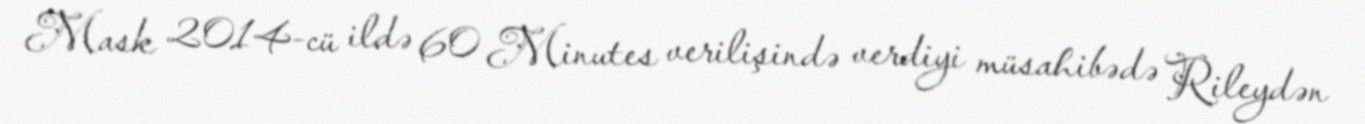
Mask 2014-cü ildə 60 Minutes verilişində verdiyi müsahibədə Rileydən